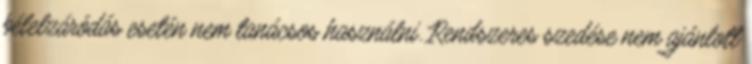
bélelzáródás esetén nem tanácsos használni. Rendszeres szedése nem ajánlott